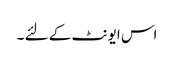
اس ایونٹ کے لئے ۔